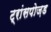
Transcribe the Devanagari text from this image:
ट्रांसपोज़ड